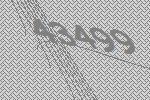
43499